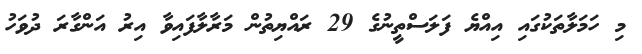
މި ހަމަލާތަކުގައި އިއްޔެ ފަލަސްތީނުގެ 29 ރައްޔިތުން މަރާލާފައިވާ އިރު އަންގާރަ ދުވަހު